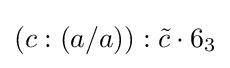
(c:(a/a)):{\tilde {c}}\cdot 6_{3}